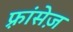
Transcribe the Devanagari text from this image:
फ़्रांसेज़